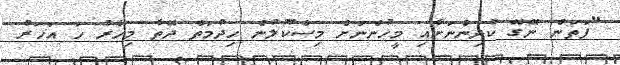
"ފަތަން ނޭގޭ ކުދިންނަށާއި މީހުންނަށް މިސްކޫލުން ހިދުމަތް ދޭތާ މިހާރު ހަ އަހަރު